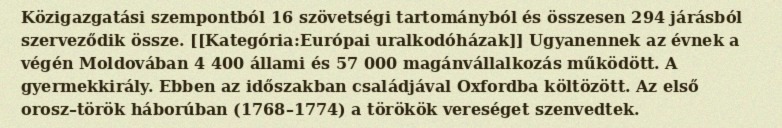
Közigazgatási szempontból 16 szövetségi tartományból és összesen 294 járásból szerveződik össze. [[Kategória:Európai uralkodóházak]] Ugyanennek az évnek a végén Moldovában 4 400 állami és 57 000 magánvállalkozás működött. A gyermekkirály. Ebben az időszakban családjával Oxfordba költözött. Az első orosz–török háborúban (1768–1774) a törökök vereséget szenvedtek.